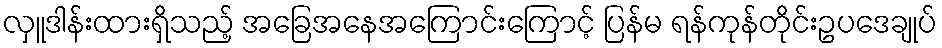
လှူဒါန်းထားရှိသည့် အခြေအနေအကြောင်းကြောင့် ပြန်မ ရန်ကုန်တိုင်းဥပဒေချုပ်